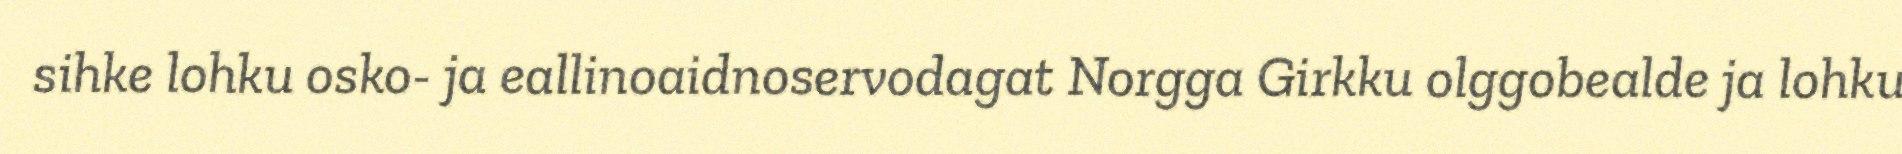
sihke lohku osko- ja eallinoaidnoservodagat Norgga Girkku olggobealde ja lohku